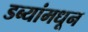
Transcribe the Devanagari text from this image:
डब्यांमधून